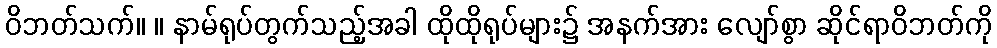
ဝိဘတ်သက်။ ။ နာမ်ရုပ်တွက်သည့်အခါ ထိုထိုရုပ်များ၌ အနက်အား လျော်စွာ ဆိုင်ရာဝိဘတ်ကို